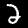
Digit: 2